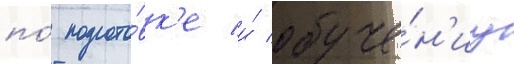
по́ подгото́вк'е и́ обуче́н'иу